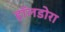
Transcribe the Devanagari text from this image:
हॉलडोरा